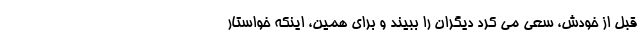
قبل از خودش، سعی می کرد دیگران را ببیند و برای همین، اینکه خواستار